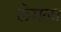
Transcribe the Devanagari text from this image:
लेगला